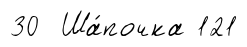
30 Ша́почка 121